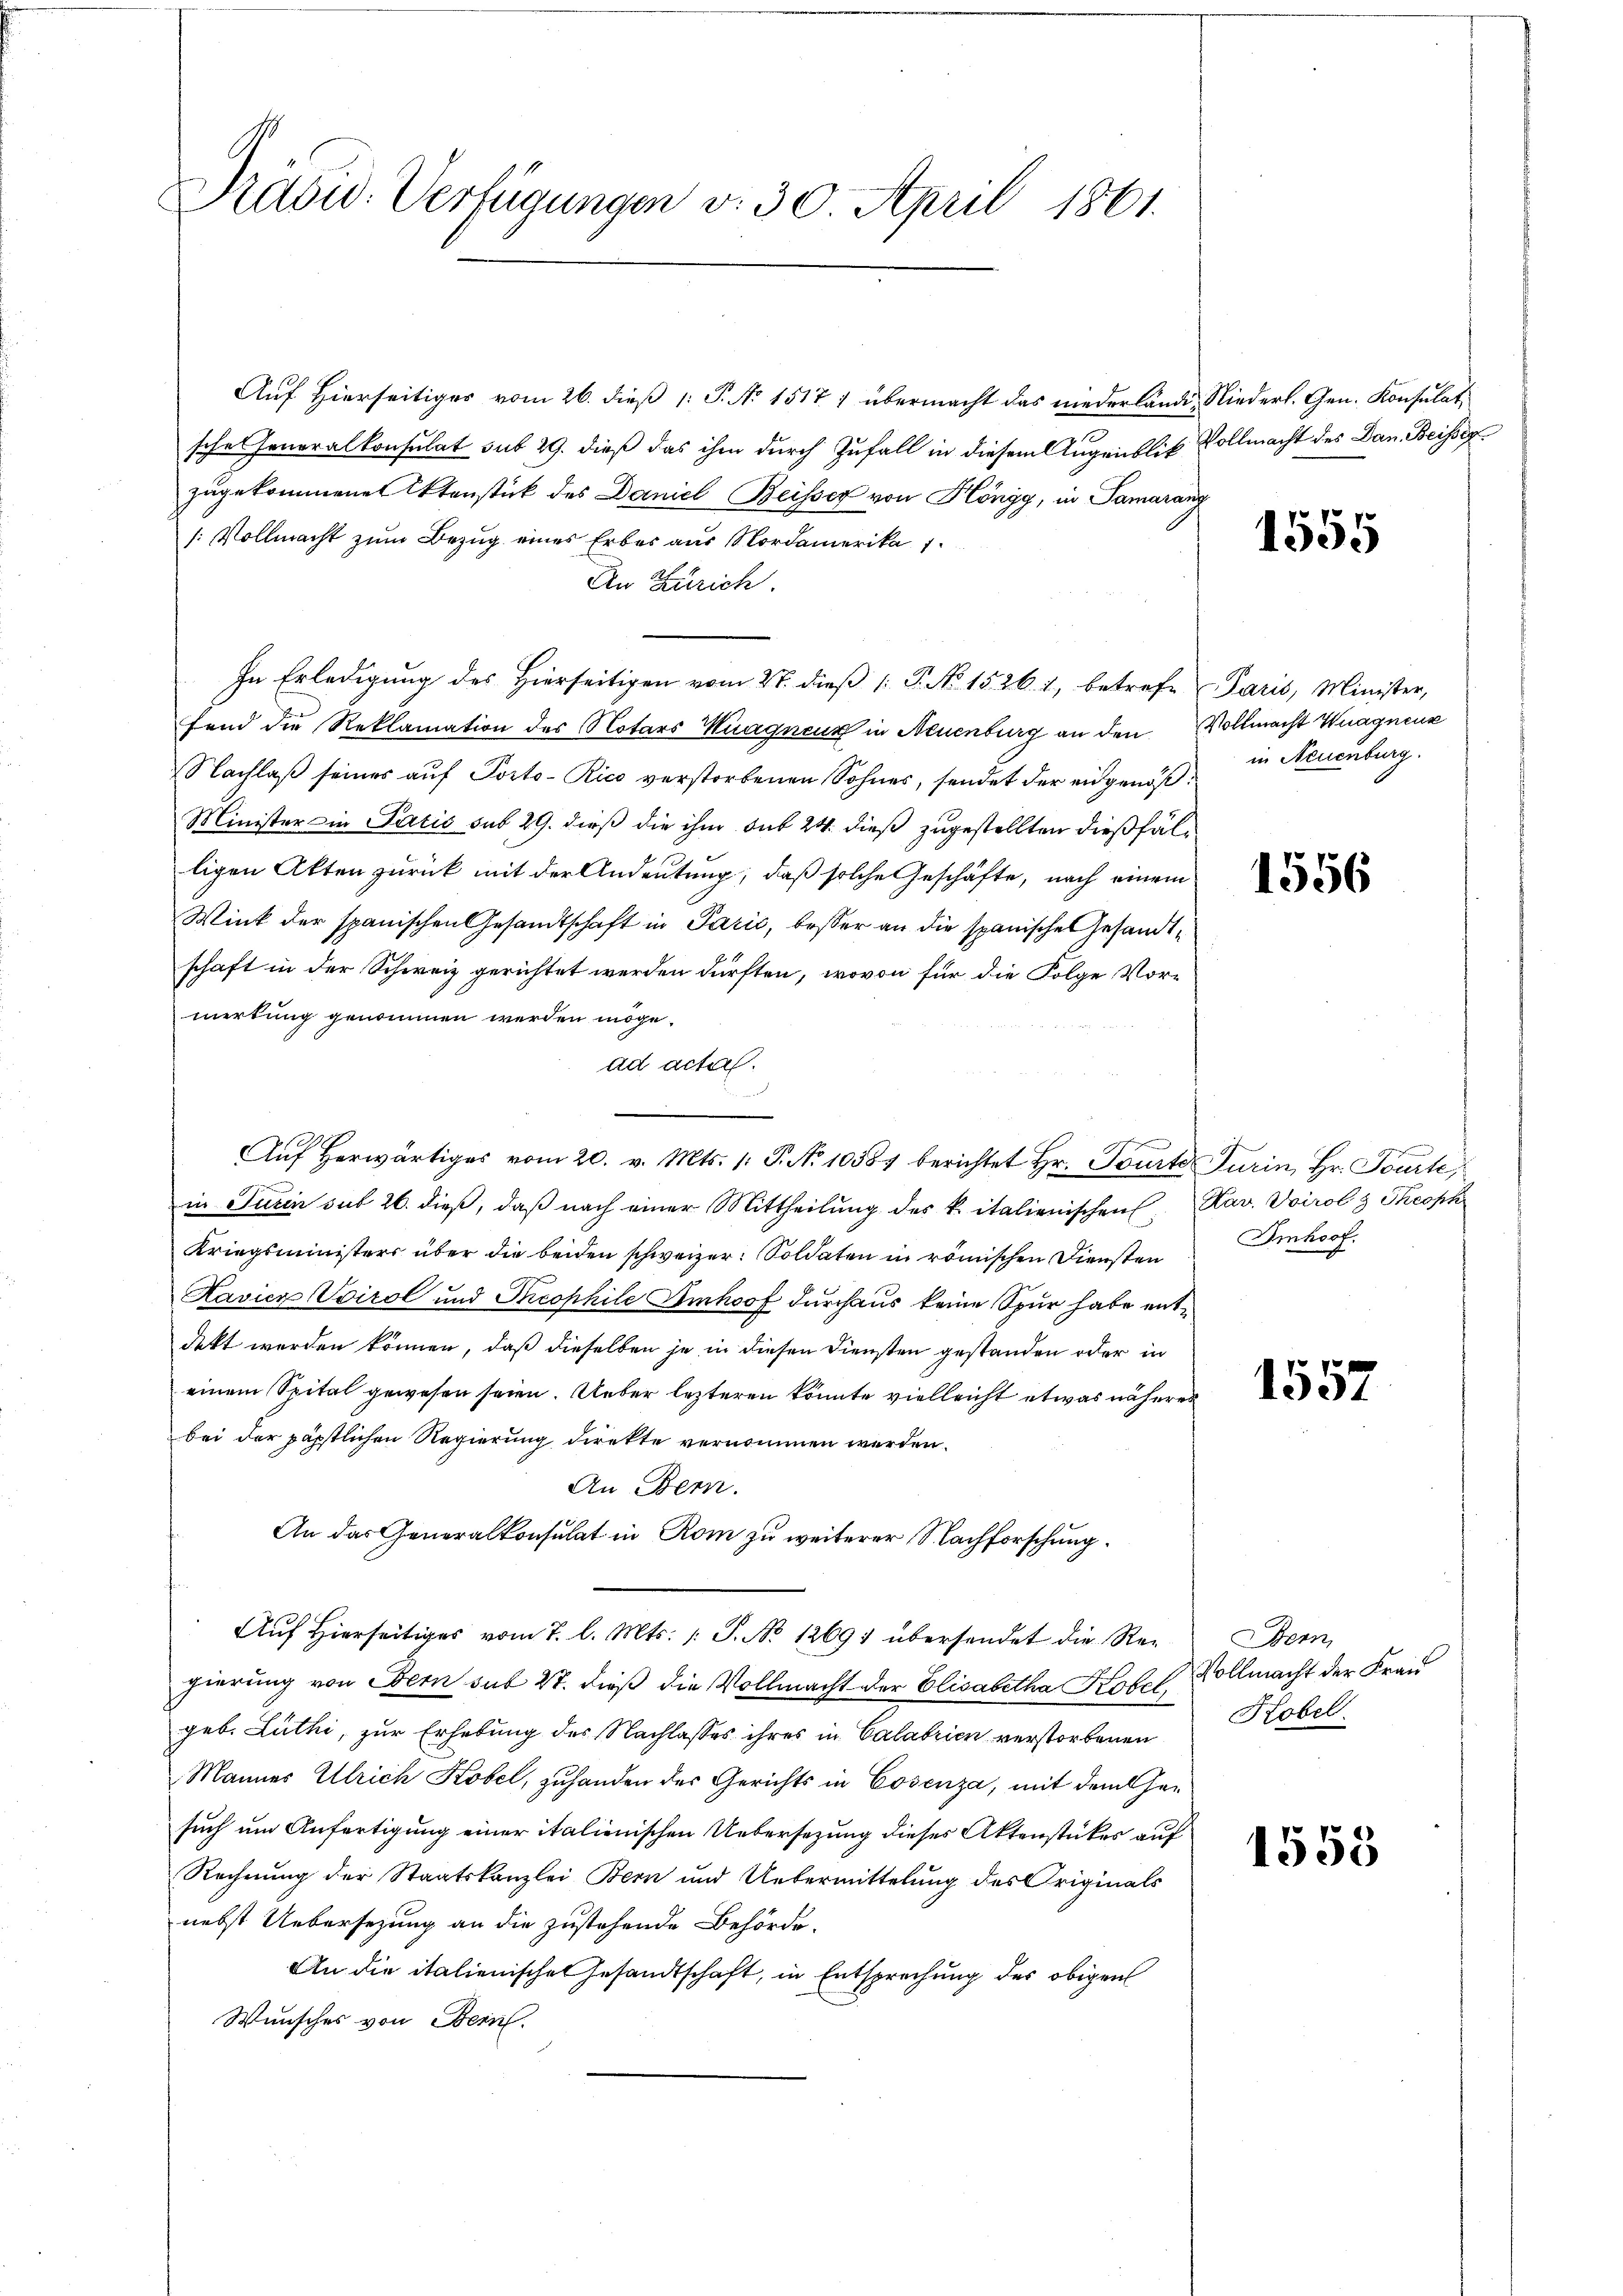
Präsid. Verfügungen v. 30. April 1861.

Auf Hierseitiger vom 26. dieß 1: P. No 1517) übermacht das niederlände, Niederl. Gen. Konsulat
sche Generalkonsulat sub 29. dieß das ihm durch Zufall in diesem Augenblich Vollmacht des Dan. Beisserzugekommene Itenstück des Daniel Beisser von Höngg, in Samarang
/: Vollmacht zum Bezug eines Erbes aus Nordamerika
An Zürich.
In Erledigung des Hierseitigen vom 27. dieß ( P. No 1526. 1, betrefe Paris, Minister,
fend die Reklamation des Notars Wagneur in Neuenburg an den Vollmacht Wagnenz
Nachlaß seines auf Porto-Rico verstorbenen Sohnes, sendet der eidgenöß¬
Minister in Paris sub 29. dieß die ihm sub 24 dieß zugestellten dießfälligen Akten zurück mit der Andeutung, daß solche Geschäfte, nach einem
Wink der spanischen Gesandtschaft in Parić, besser an die spanische Gesandtschaft in der Schweiz gerichtet werden dürften, wovon für die Folge Vormerkung genommen werden möge.
ad acta.
in Turin sub 26. dieß, daß nach einer Mittheilung des k. italienischen Nov. Voirol z Theoph
Kriegsministers über die beiden schweizer. Soldaten in römischen Diensten
Havicz Voirol und Theophile Imhof durchaus keine Spur habe entdekt werden können, daß dieselben je in diesen Diensten gestanden oder in
einem Spital gewesen seien. Ueber lezteren könnte vielleicht etwas näheres
bei der päpstlichen Regierung direkte vernommen werden.
An Bern.
An das Generalkonsulat in Rom zu weiterer Nachforschung.
Auf Hierseitiges vom 7. l. Mts. /: P. No 12691 übersendet die Regierung von Bern sub 27. dieß die Vollmacht der Elisabetha Kotel Vollmacht der Frau
geb. Luthi, zur Erhebung des Nachlasses ihres in Calabrien verstorbenen
Mannes Ulrich Kobel, zuhanden der Gerichts in Cosenza, mit dem Gesuch um Anfertigung einer italienischen Uebersezung dieses Aktenstückes auf
Rechnung der Staatskanzlei Bern und Uebermittelung des Originals
nebst Uebersezung an die zustehende Behörde.
An die italienische Gesandtschaft, in Entsprechung der obigen
Wunsches von Bern.

2. weiten

Aŭf herwärtiges vom 20. v. Mts. 1. P. No 10587 berichtet Hr. Tourte Turin, Hr. Tourte

1555

in Neuenburg.

1556

Imhoof.

1557

Bern,
Kobel.

1558